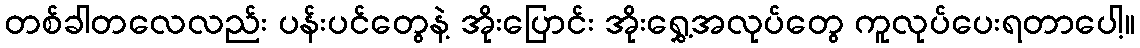
တစ်ခါတလေလည်း ပန်းပင်တွေနဲ့ အိုးပြောင်း အိုးရွှေ့အလုပ်တွေ ကူလုပ်ပေးရတာပေါ့။